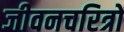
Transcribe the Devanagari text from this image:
जीवनचरित्रों